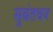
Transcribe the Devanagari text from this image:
सुबंतचय